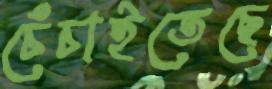
চেঁচাইতেছে